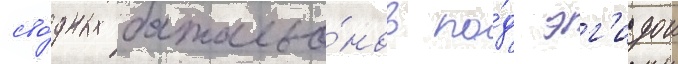
сво́дных батальо́нов по́д эг'идои